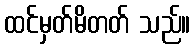
ထင်မှတ်မိတတ် သည်။